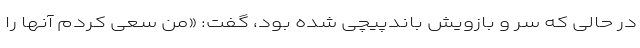
در حالی که سر و بازویش باندپیچی شده بود، گفت: «من سعی کردم آنها را